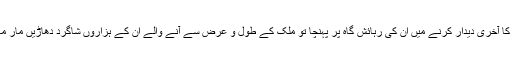
اسلام آباد میں جب ان کا آخری دیدار کرنے میں ان کی رہائش گاہ پر پہنچا تو ملک کے طول و عرض سے آنے والے ان کے ہزاروں شاگرد دھاڑیں مار مار کر رو رہے تھے۔